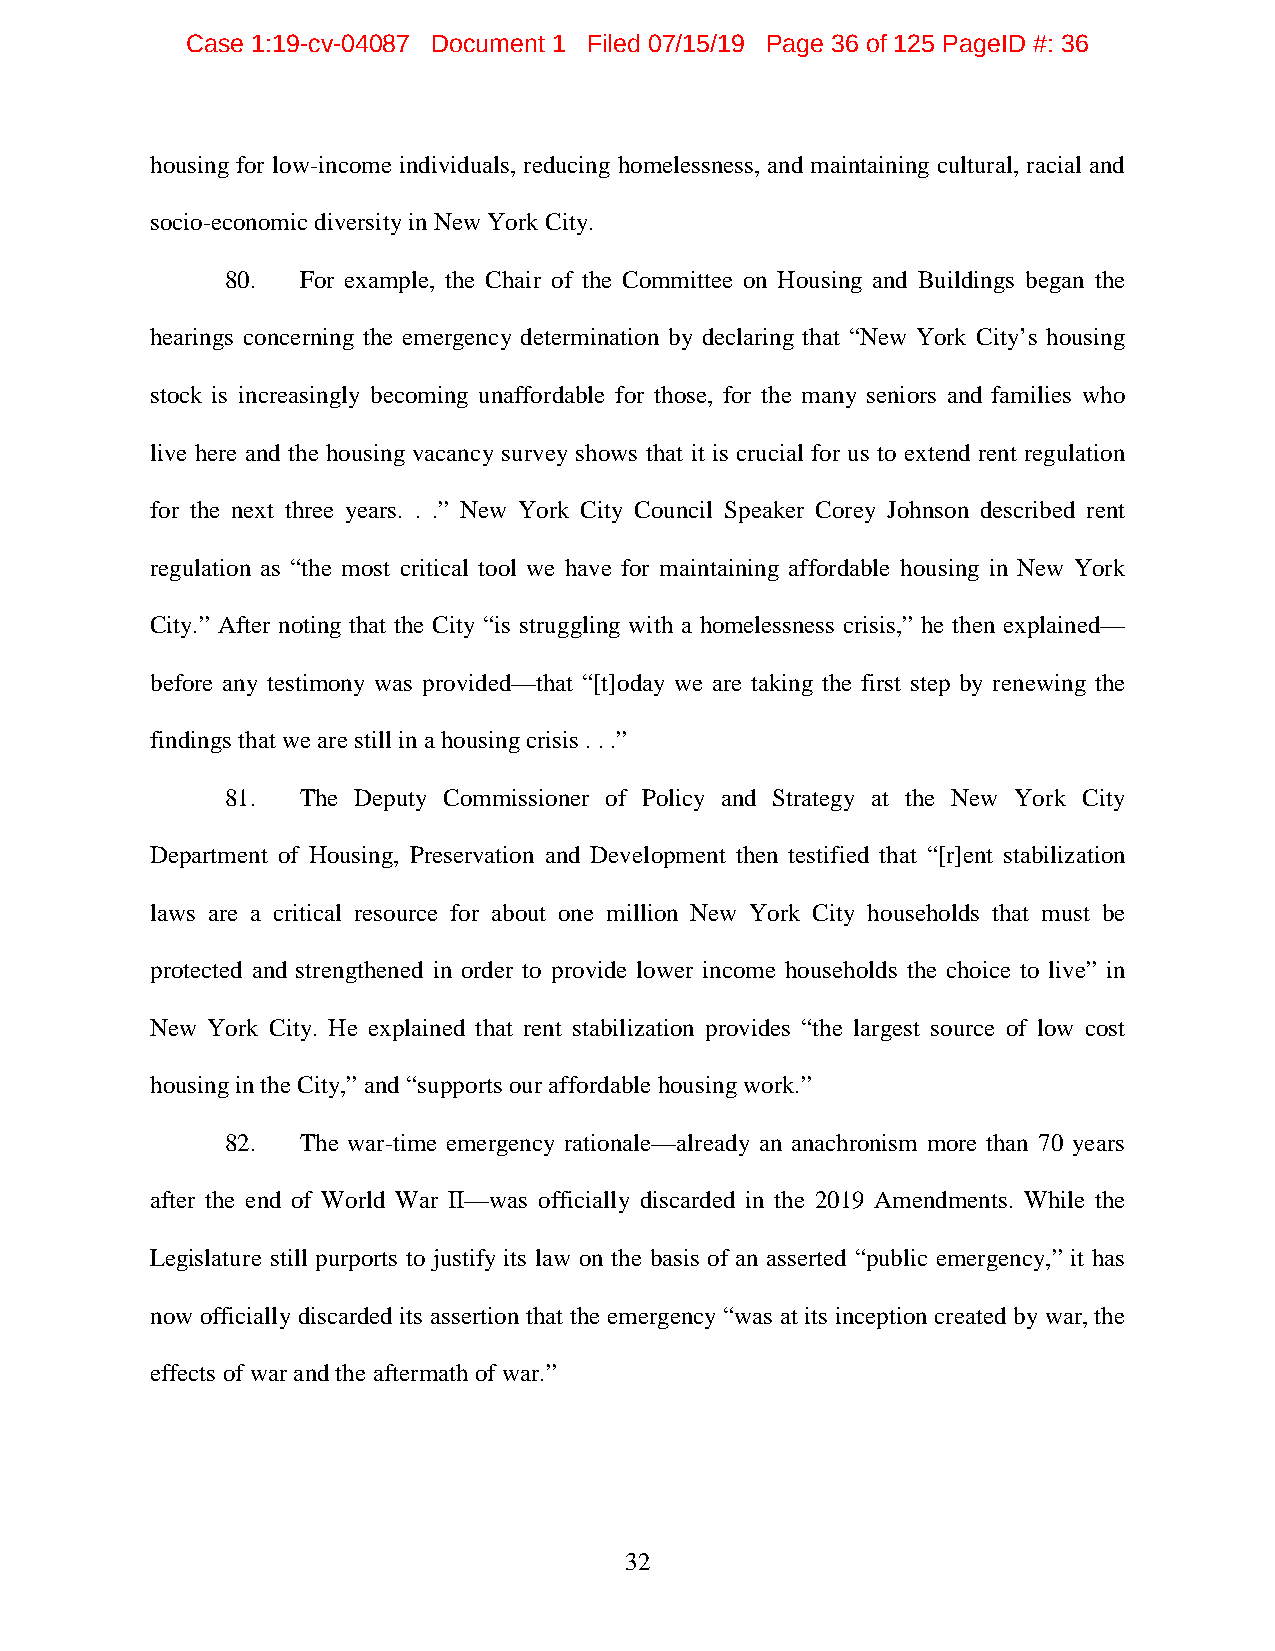
Case 1:19-cv-04087 Document 1 Filed 07/15/19 Page 36 of 125 PageID #: 36
 housing for low-income individuals, reducing homelessness, and maintaining cultural, racial and
 socio-economic diversity in New York City.
 80.  For example, the Chair of the Committee on Housing and Buildings began the
 hearings concerning the emergency determination by declaring that “New York City’s housing
 stock is increasingly becoming unaffordable for those, for the many seniors and families who
 live here and the housing vacancy survey shows that it is crucial for us to extend rent regulation
 for the next three years. . .” New York City Council Speaker Corey Johnson described rent
 regulation as “the most critical tool we have for maintaining affordable housing in New York
 City.” After noting that the City “is struggling with a homelessness crisis,” he then explained—
 before any testimony was provided—that “[t]oday we are taking the first step by renewing the
 findings that we are still in a housing crisis . . .”
 81.  The Deputy Commissioner of Policy and Strategy at the New York City
 Department of Housing, Preservation and Development then testified that “[r]ent stabilization
 laws are a critical resource for about one million New York City households that must be
 protected and strengthened in order to provide lower income households the choice to live” in
 New York City. He explained that rent stabilization provides “the largest source of low cost
 housing in the City,” and “supports our affordable housing work.”
 82.  The war-time emergency rationale—already an anachronism more than 70 years
 after the end of World War II—was officially discarded in the 2019 Amendments. While the
 Legislature still purports to justify its law on the basis of an asserted “public emergency,” it has
 now officially discarded its assertion that the emergency “was at its inception created by war, the
 effects of warand the aftermath of war.”
 32